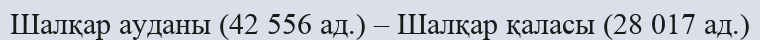
Шалқар ауданы (42 556 ад.) – Шалқар қаласы (28 017 ад.)